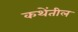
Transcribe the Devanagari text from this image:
कथेंतील